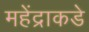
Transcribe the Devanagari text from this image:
महेंद्राकडे